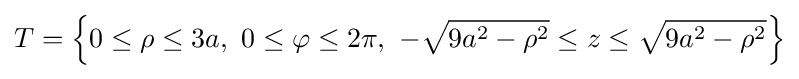
T=\left\{0\leq \rho \leq 3a,\ 0\leq \varphi \leq 2\pi ,\ -{\sqrt {9a^{2}-\rho ^{2}}}\leq z\leq {\sqrt {9a^{2}-\rho ^{2}}}\right\}